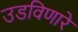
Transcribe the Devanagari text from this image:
उडविणारे